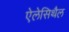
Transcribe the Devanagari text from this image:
ऐलेसिथैल